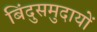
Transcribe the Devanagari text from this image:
बिंदुसमुदायों